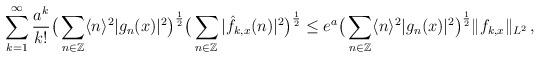
LaTeX: \begin{align*}\sum_{k=1}^\infty \frac{a^k}{k!}\big(\sum_{n\in \mathbb{Z}}\langle n\rangle^2|g_n (x)|^2\big)^\frac{1}{2}\big( \sum_{n\in \mathbb{Z}}|\hat f_{k,x}(n)|^2\big)^\frac{1}{2}\leq e^a\big(\sum_{n\in \mathbb{Z}}\langle n\rangle^2|g_n (x)|^2\big)^{\frac{1}{2}}\|f_{k,x}\|_{L^2}\, ,\end{align*}